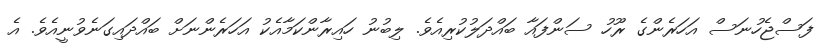
ފަސްޖެހުނަސް އަހަރެންގެ ރޫހު ސަންފައާ ބައްދަލުކުރިއެވެ. ލިބުނު ހައިރާންކަމާއެކު އަހަރެންނަށް ބައްދައިގަނެވުނީއެވެ. އެ